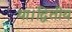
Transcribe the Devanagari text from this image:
था।द्वितीय